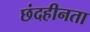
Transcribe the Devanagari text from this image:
छंदहीनता